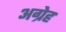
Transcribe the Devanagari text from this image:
अग्रेह